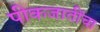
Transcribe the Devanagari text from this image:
पीकजातींचा